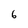
Character: 6